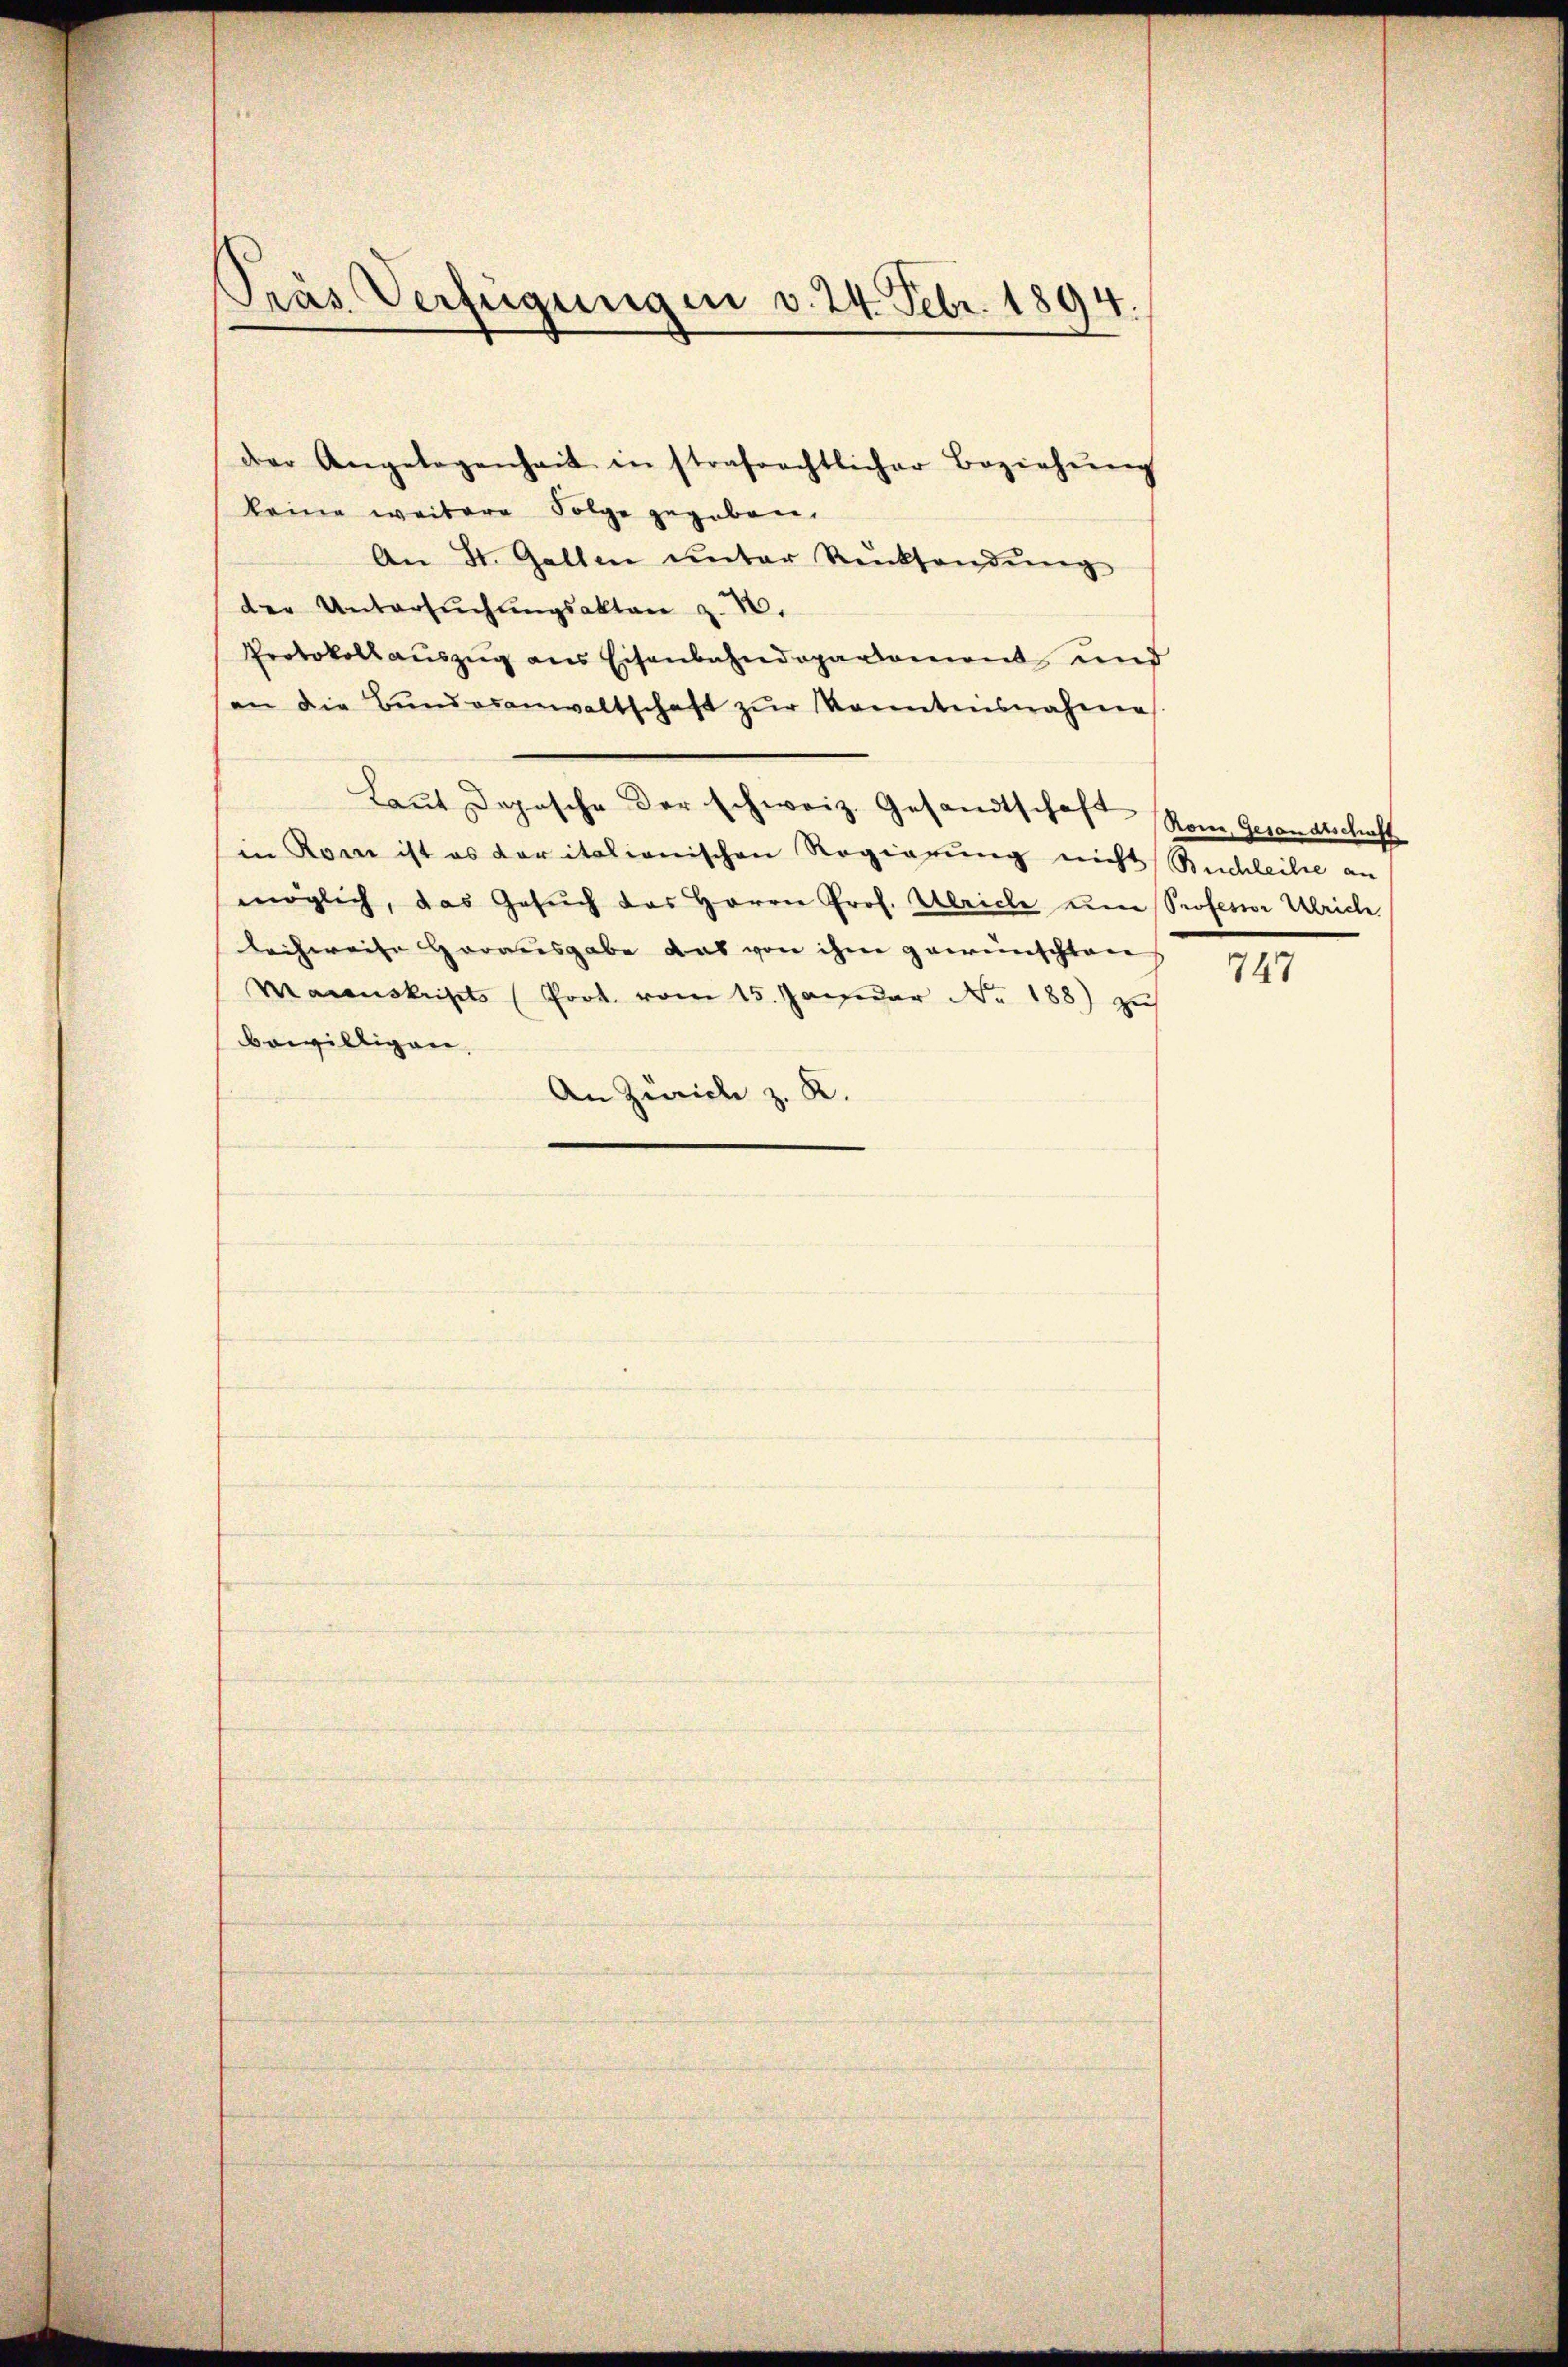
Pras Verfügungen v. 24. Febr. 1894.

der Angelegenheit in strafrechtlicher Beziehŭng
keine weitere Folge gegeben.
An St. Gallen unter Rücksendung
der Untersŭchŭngsakten z. 10.
Protokoll aŭszŭg ans Eisenbahndeparament und
an die Bŭndesanwaltschaft zŭr Kenntnisnahme
Laut Depesche der schweiz. Gesandtschaft vom Gesandtschaft
in Kren ist es daritationischen Regierung nicht Ruchleihe an
möglich, das Gesuch das Herrn Prof. Ulriche um Professor Ulrich.
lechweise Horausgabe das von ihm gewünschtens
Manuskripts (Poot. vom 15. Januar Nr. 188) zu
bewilligen.
An Zürich z. R.

747